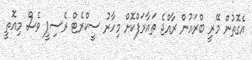
އެގޮތުން މޭރީ ބްރައުން ރާއްޖެ ތައާރަފްކޮށް މިހާރު ސީކްރެޓް ރެސިޕީ ވެސް މިއޮތީ